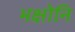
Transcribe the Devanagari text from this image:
भक्षोनि